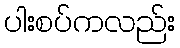
ပါးစပ်ကလည်း